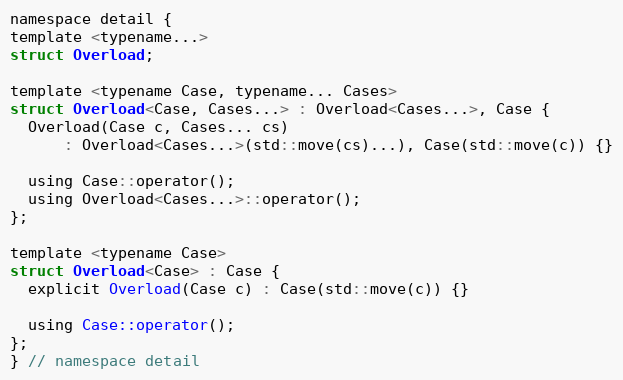
Language: C
namespace detail {
template <typename...>
struct Overload;

template <typename Case, typename... Cases>
struct Overload<Case, Cases...> : Overload<Cases...>, Case {
  Overload(Case c, Cases... cs)
      : Overload<Cases...>(std::move(cs)...), Case(std::move(c)) {}

  using Case::operator();
  using Overload<Cases...>::operator();
};

template <typename Case>
struct Overload<Case> : Case {
  explicit Overload(Case c) : Case(std::move(c)) {}

  using Case::operator();
};
} // namespace detail